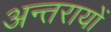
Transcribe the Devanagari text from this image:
अन्तरायों